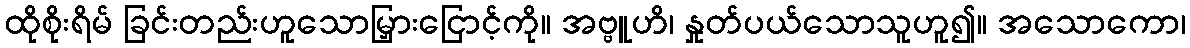
ထိုစိုးရိမ် ခြင်းတည်းဟူသောမြှားငြောင့်ကို။ အဗ္ဗူဟိ၊ နှုတ်ပယ်သောသူဟူ၍။ အသောကော၊